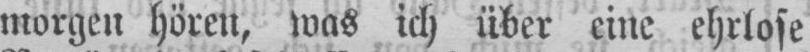
morgen hören, was ich über eine ehrlose